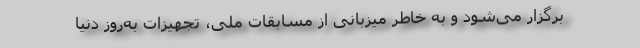
برگزار می‌شود و به خاطر میزبانی از مسابقات ملی، تجهیزات به‌روز دنیا